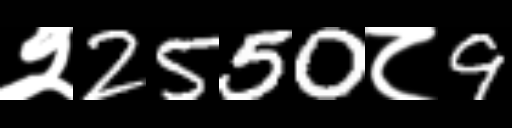
Text: २2550८9